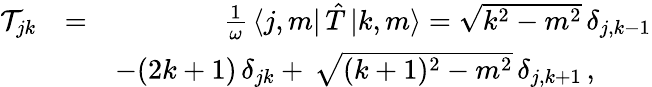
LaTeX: \begin{array}{rlr}{\mathcal{T}_{jk}}&{=}&{\frac{1}{\omega}\, \langle j,m|\, {\hat{T}}\, {|k,m\rangle}=\sqrt{k^{2}-m^{2}}\, \delta_{j,k-1}}\\ &{}&{-(2k+1)\, \delta_{jk}+\, \sqrt{(k+1)^{2}-m^{2}}\, \delta_{j,k+1}\, ,\qquad}\end{array}